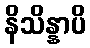
နိသိန္နာပိ